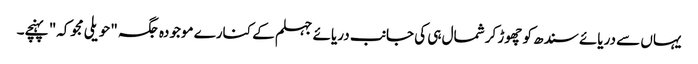
یہاں سے دریائے سندھ کو چھوڑ کر شمال ہی کی جانب دریائے جہلم کے کنارے موجودہ جگہ "حویلی مجوکہ" پہنچے۔